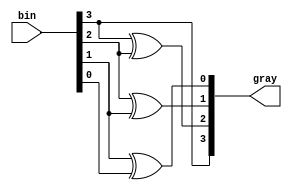
module day4 #(
  parameter width = 4
  
)(
  input [width-1:0] bin,
  output reg [width-1:0] gray
);
  
  assign gray[width-1] = bin[width-1];

  genvar i;
  generate
    for(i=width-2; i>=0; i=i-1)
      begin
       assign gray[i] = bin[i+1] ^ bin[i]; 
      end
  endgenerate

endmodule